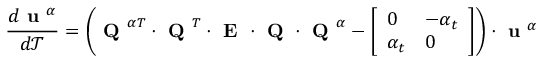
\frac { d \textbf { u } ^ { \alpha } } { d \mathcal { T } } = \left( \textbf { Q } ^ { \alpha T } \cdot \textbf { Q } ^ { T } \cdot \textbf { E } \cdot \textbf { Q } \cdot \textbf { Q } ^ { \alpha } - \left[ \begin{array} { l l } { 0 } & { - \alpha _ { t } } \\ { \alpha _ { t } } & { 0 } \end{array} \right] \right) \cdot \textbf { u } ^ { \alpha }